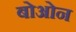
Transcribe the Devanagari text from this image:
बोओन